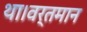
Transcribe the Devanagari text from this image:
था।वर्तमान